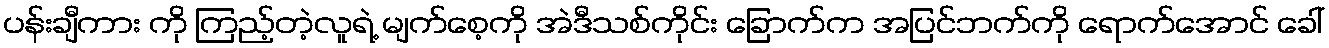
ပန်းချီကား ကို ကြည့်တဲ့လူရဲ့ မျက်စေ့ကို အဲဒီသစ်ကိုင်း ခြောက်က အပြင်ဘက်ကို ရောက်အောင် ခေါ်